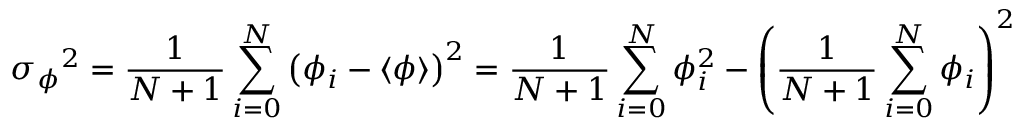
\sigma { _ \phi } ^ { 2 } = { \frac { 1 } { N + 1 } } \sum _ { i = 0 } ^ { N } \left( \phi _ { i } - \langle \phi \rangle \right) ^ { 2 } = { \frac { 1 } { N + 1 } } \sum _ { i = 0 } ^ { N } \phi _ { i } ^ { 2 } - \left( { \frac { 1 } { N + 1 } } \sum _ { i = 0 } ^ { N } \phi _ { i } \right) ^ { 2 }